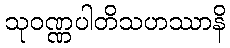
သုဝဏ္ဏပါတိသဟဿာနိ